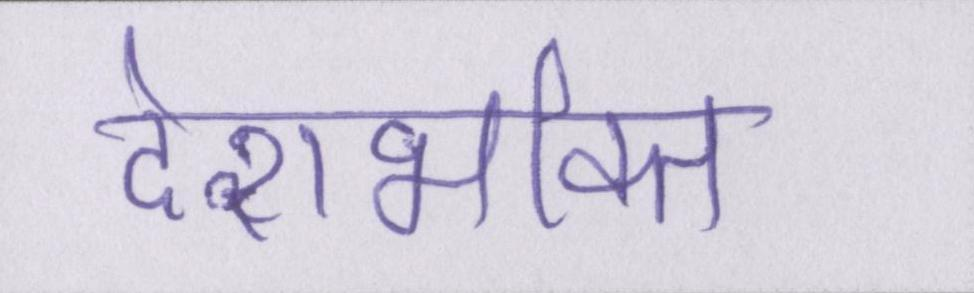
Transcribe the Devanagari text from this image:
देशभक्ति